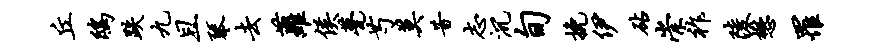
丘鸱跌九且琴去萝侯甍芍莫昔志沉旬挽伊砧崇祚陵懋罹